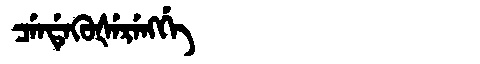
Manchu: ᠴᡝᠨᡩᡝᡴᡠᡧᡝᡵᡝᠩᡤᡝ
Romanization: CENDEKUŠERENGGE